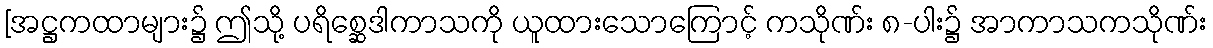
[အဋ္ဌကထာများ၌ ဤသို့ ပရိစ္ဆေဒါကာသကို ယူထားသောကြောင့် ကသိုဏ်း ၈-ပါး၌ အာကာသကသိုဏ်း